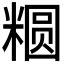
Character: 𱹕